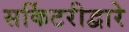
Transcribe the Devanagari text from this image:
सर्किटरीद्वारे